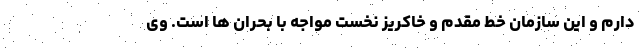
دارم و این سازمان خط مقدم و خاکریز نخست مواجه با بحران ها است. وی